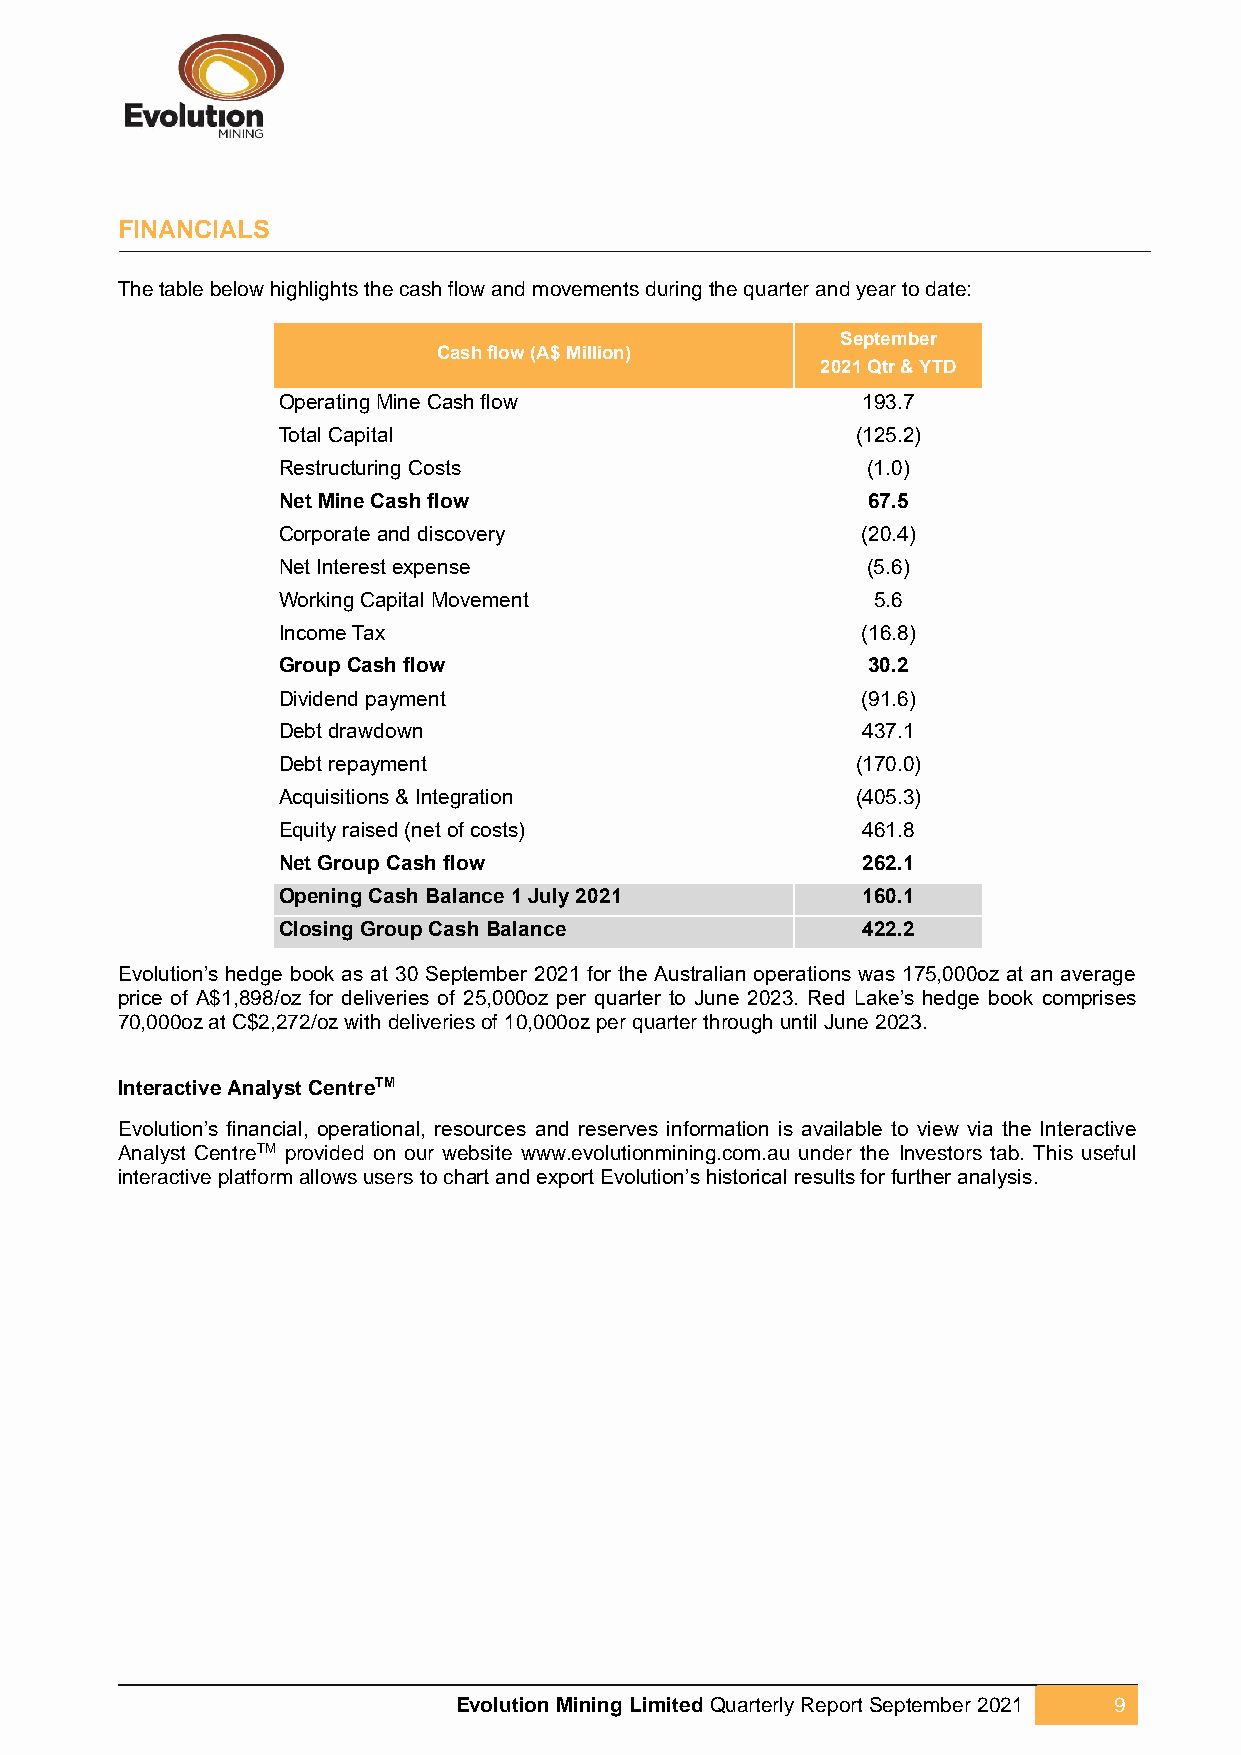
FINANCIALS
 The table below highlights the cash flow and movements during the quarter and year to date:
 September
 Cash flow (A$ Million)
 2021 Qtr & YTD
 Operating Mine Cash flow               193.7
 Total Capital                          (125.2)
 Restructuring Costs                    (1.0)
 Net Mine Cash flow                     67.5
 Corporate and discovery                (20.4)
 Net Interest expense                   (5.6)
 Working Capital Movement                5.6
 Income Tax                             (16.8)
 Group Cash flow                        30.2
 Dividend payment                       (91.6)
 Debt drawdown                          437.1
 Debt repayment                         (170.0)
 Acquisitions & Integration             (405.3)
 Equity raised (net of costs)           461.8
 Net Group Cash flow                    262.1
 Opening Cash Balance 1 July 2021       160.1
 Closing Group Cash Balance             422.2
 Evolution’s hedge book as at 30 September 2021 for the Australian operations was 175,000oz at an average
 price of A$1,898/oz for deliveries of 25,000oz per quarter to June 2023. Red Lake’s hedge book comprises
 70,000oz at C$2,272/oz with deliveries of 10,000oz per quarter through until June 2023.
 Interactive Analyst CentreTM
 Evolution’s financial, operational, resources and reserves information is available to view via the Interactive
 Analyst CentreTM provided on our website www.evolutionmining.com.au under the Investors tab. This useful
 interactive platform allows users to chart and export Evolution’s historical results for further analysis.
 Evolution Mining Limited Quarterly Report September 2021 9